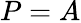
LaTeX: P=A